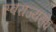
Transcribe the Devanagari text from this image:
स्वराज्यसंघ